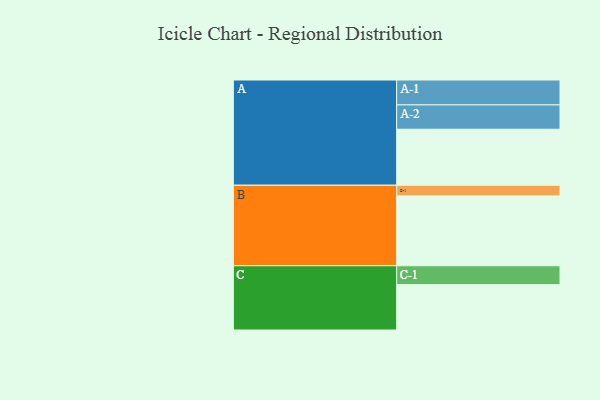
{"axis": {"x": "Segment", "y": "Value"}, "legend": ["", "A", "B", "C"], "data": [{"x": "A", "y": 421, "type": ""}, {"x": "B", "y": 525, "type": ""}, {"x": "C", "y": 341, "type": ""}, {"x": "A-1", "y": 187, "type": "A"}, {"x": "A-2", "y": 183, "type": "A"}, {"x": "B-1", "y": 80, "type": "B"}, {"x": "C-1", "y": 142, "type": "C"}]}